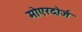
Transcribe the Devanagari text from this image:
मोएरदोर्ज